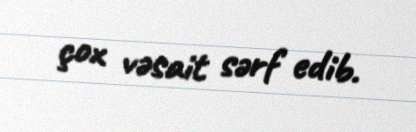
çox vəsait sərf edib.